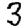
Digit: 3